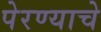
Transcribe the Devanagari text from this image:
पेरण्याचे